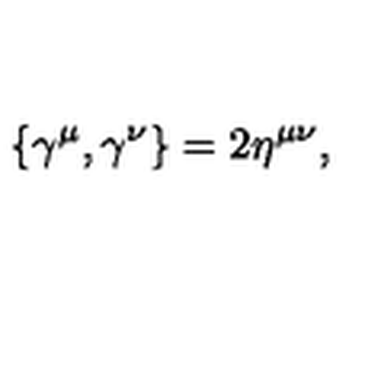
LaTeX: \{ \gamma ^ { \mu } , \gamma ^ { \nu } \} = 2 \eta ^ { \mu \nu } , \nonumber